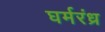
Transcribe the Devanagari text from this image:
घर्मरंध्र